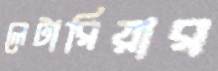
লেটারিয়ার